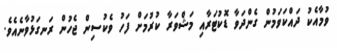
ވުމާއެކު ދައްކަވަމުން ގެންދަވާ ޑޮކުޓަރާއި މަޝްވަރާ ކުރުމަށް ފަހު ވެކުސިން ޖެހުން ރަނގަޅުވާނެއެވެ.